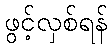
ဖွင့်လှစ်ရန်